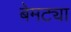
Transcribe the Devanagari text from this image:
बेमट्या